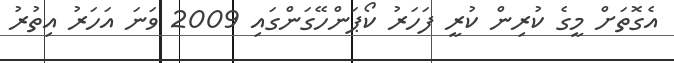
އެގޮތަށް މީގެ ކުރިން ކުރީ ފަހަރު ކޯޕަންހޭގަންގައި 2009 ވަނަ އަހަރު އިތުރު